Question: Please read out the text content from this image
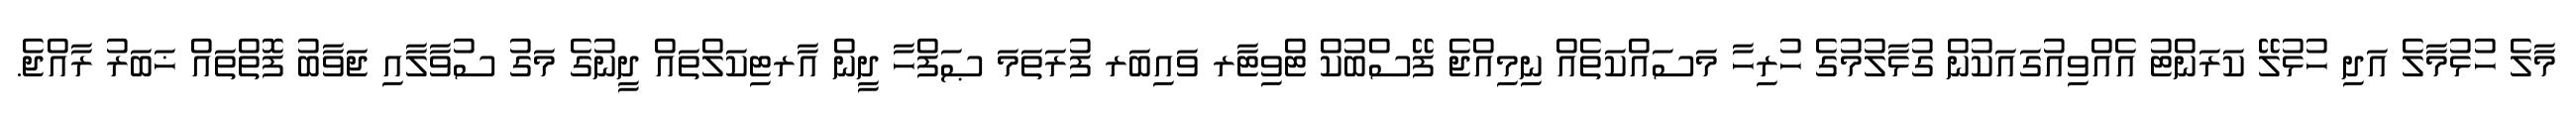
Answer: މާލެ ހުޅުމާލެ އަދި ހުޅުލޭ ކަރަންޓު އެއްވިއުގައަކުން ގުޅާލުމުގެ ހުރިހާ މަސައްކަތެއް ނިމިއްޖެ ފޭސްބުކް ޓްވިޓާރ ވައިބަރ ފުރަތަމަ ޞަފްހާ ދީން އާރޓިކަލްތައް ދީނުގެ މަގު ސުވާލާއި ޖަވާބު ފޮތްތައް ޚަބަރު ރާއްޖެ.